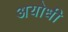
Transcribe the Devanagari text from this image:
अयोधी